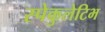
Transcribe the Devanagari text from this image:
स्पेकुलेटिभ